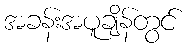
အခန်းအပူချိန်တွင်